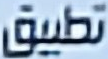
تطبيق